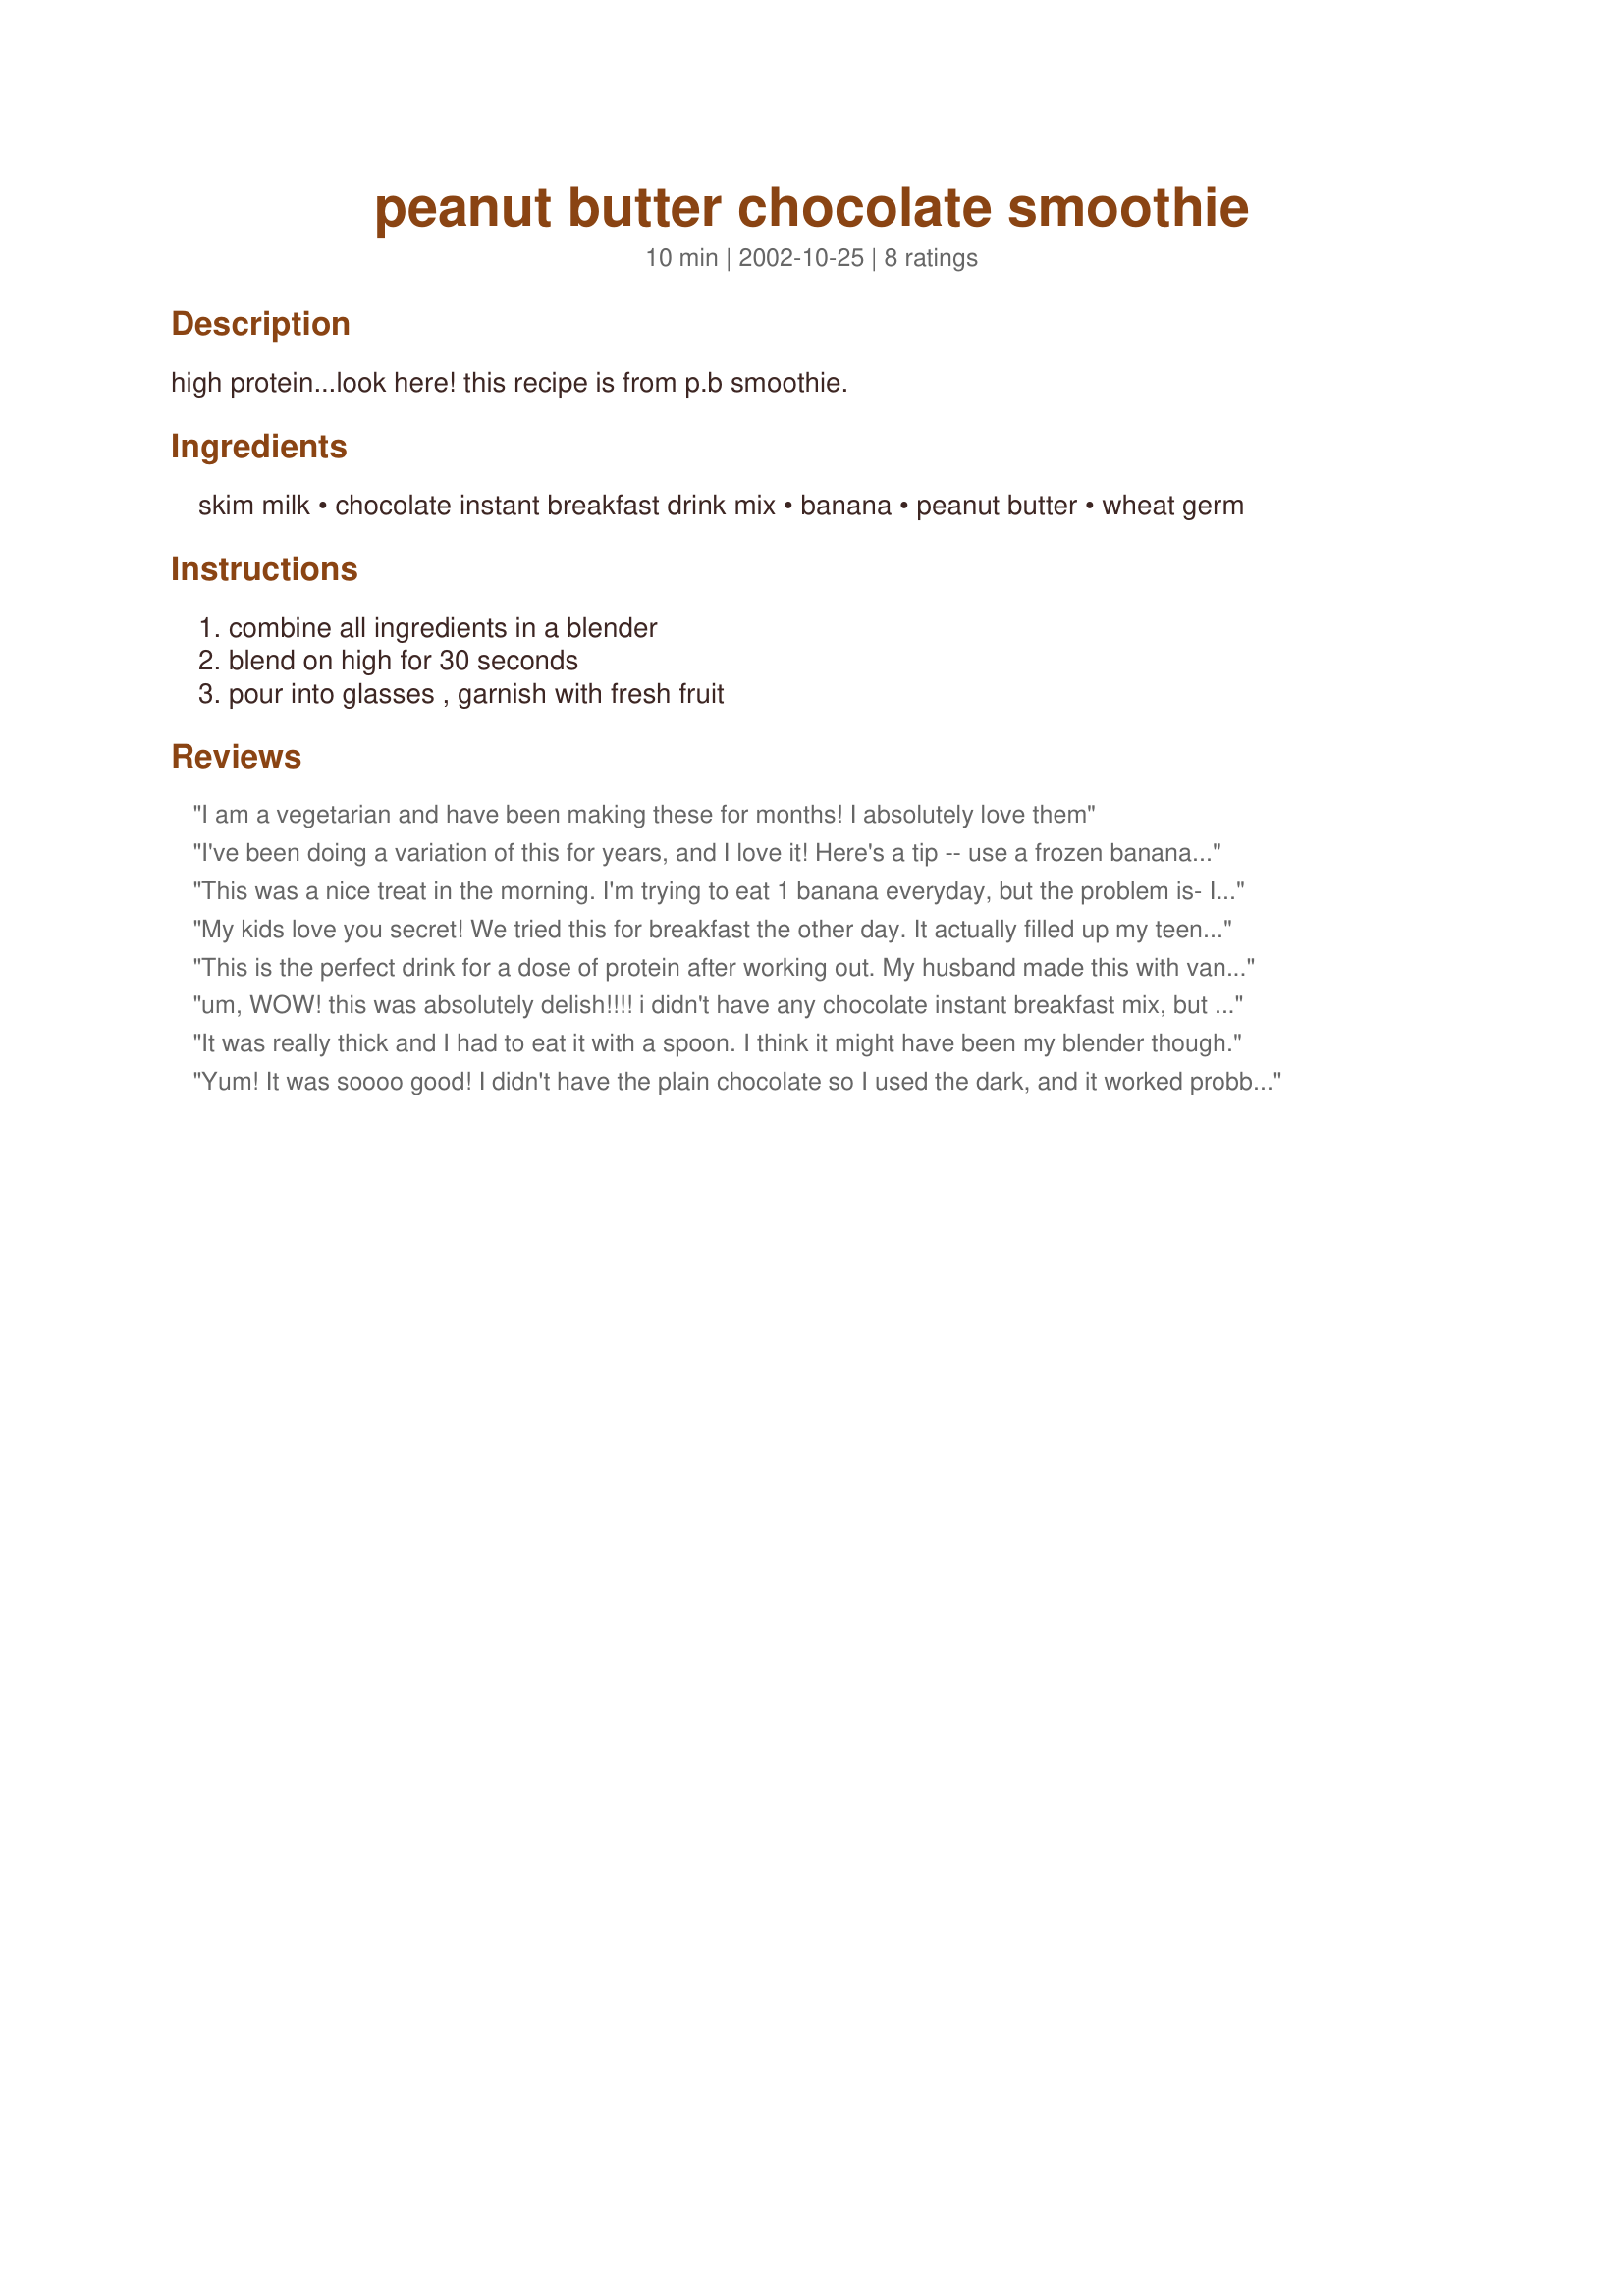
peanut butter chocolate smoothie
Preparation time: 10 minutes

high protein...look here! this recipe is from p.b smoothie.

Ingredients:
skim milk, chocolate instant breakfast drink mix, banana, peanut butter, wheat germ

Steps:
combine all ingredients in a blender, blend on high for 30 seconds, pour into glasses , garnish with fresh fruit

Reviews:
I am a vegetarian and have been making these for months! I absolutely love them
I've been doing a variation of this for years, and I love it! Here's a tip -- use a frozen banana to make it frostier, more like a shake. When you have bananas that are getting a bit too ripe for just eating, peal them and then freeze -- I wrap them individually in wax paper, then put them in a plastic bag. Cut the frozen banana into chunks before blending.

PS: I like this shake better without the chocolate; I use non-fat dry milk to boost the protein, and I use 2 Tbs. of high quality chunky peanut butter (and a large banana).
This was a nice treat in the morning. I'm trying to eat 1 banana everyday, but the problem is- I'm not a big fan of bananas! This was a great way to mask the taste. I might be making one of these every morning. Thanks for the post.
My kids love you secret! We tried this for breakfast the other day. It actually filled up my teenage boys. Must be the wheat germ. We will be making these often.
This is the perfect drink for a dose of protein after working out. My husband made this with vanilla soy protein shake mix and I made it with chocolate (instead of the instant breakfast mix). They were both excellent and covered up the usual so-so taste of the shake mix! Thanks for sharing!
um, WOW! this was absolutely delish!!!! i didn't have any chocolate instant breakfast mix, but i did happen to have french vanilla, so i used that instead. it was VERY good. this is now going to be a regular in my house. :) great after workout shake!!! YUM!
It was really thick and I had to eat it with a spoon. I think it might have been my blender though.
Yum! It was soooo good! I didn't have the plain chocolate so I used the dark, and it worked probblably just as well. I loved it!
